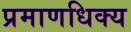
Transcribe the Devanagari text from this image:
प्रमाणधिक्य